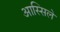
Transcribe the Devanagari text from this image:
आस्सिले